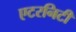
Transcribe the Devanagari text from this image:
एटरनिटी